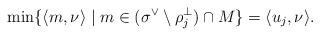
LaTeX: \begin{align*}\min \{ \langle m,\nu \rangle \mid m \in (\sigma^\vee \setminus \rho_j^\perp) \cap M \} = \langle u_j,\nu \rangle.\end{align*}